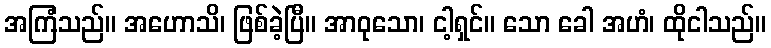
အကြံသည်။ အဟောသိ၊ ဖြစ်ခဲ့ပြီ။ အာဝုသော၊ ငါ့ရှင်။ သော ခေါ အဟံ၊ ထိုငါသည်။